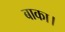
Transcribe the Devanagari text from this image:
बाका।